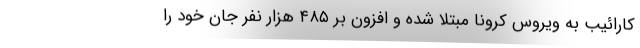
کارائیب به ویروس کرونا مبتلا شده و افزون بر ۴۸۵ هزار نفر جان خود را